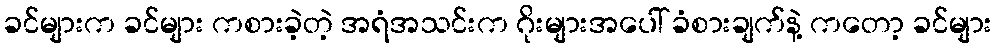
ခင်များက ခင်များ ကစားခဲ့တဲ့ အရံအသင်းက ဂိုးများအပေါ် ခံစားချက်နဲ့ ကတော့ ခင်များ